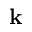
\mathbf { k }